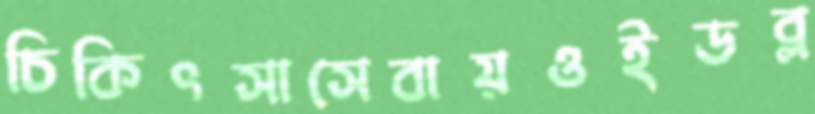
চিকিৎসাসেবায়ওইডব্ল